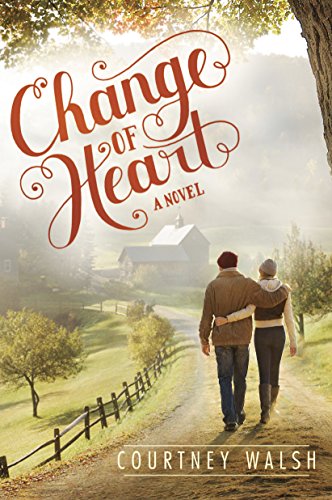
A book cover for Change of Heart (Paper Hearts); Courtney Walsh; Romance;